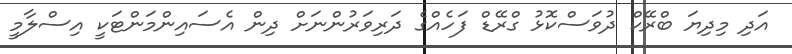
އަދި މިދިޔަ ބްރޭކް ދުވަސްކޮޅު ގްރޭޑް ފަހެއްގެ ދަރިވަރުންނަށް ދިން އެސައިންމަންޓަކީ އިސްލާމީ